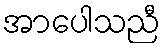
အာပေါသညီ